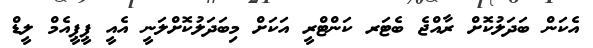
އެކަން ބަދަލުކޮށް ރާއްޖެ ބެޓަރ ކަންޓްރީ އަކަށް މިބަދަލުކޮށްލަނީ އެއީ ޕީޕީއެމް ލީޑް